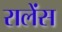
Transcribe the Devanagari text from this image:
रालेंस